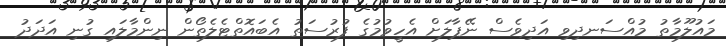
މައުލޫމާތު މުއްސަނދިވި އަދިވެސް ނޭޕާލަށް އެހީވުމުގެ ފުރުސަތު އެބައޮތްޓެލެތޯން ނިންމާލައި ގުނި އަދަދު